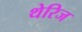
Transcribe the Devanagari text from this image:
थेरिज